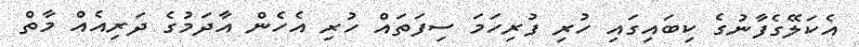
އެކަލޭގެފާނުގެ ކިބައިގައި ހުރި ފުރިހަމަ ސިފަތައް ހުރި އެހެން އާދަމުގެ ދަރިއެއް މާތް